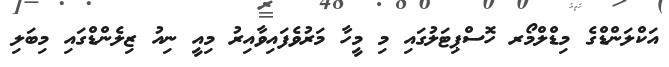
އަކްލަންޑްގެ މިޑްލްމޯރ ހޮސްޕިޓަލުގައި މި މީހާ މަރުވެފައިވާއިރު މިއީ ނިއު ޒިލެންޑްގައި މިބަލި